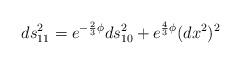
LaTeX: \begin{align*}ds_{11}^2 = e^{-\frac{2}{3} \phi} ds_{10}^2 + e^{\frac{4}{3}\phi} (dx^2)^2\end{align*}